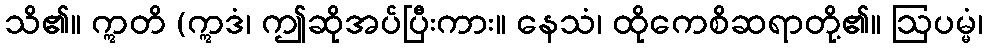
သိ၏။ ဣတိ (ဣဒံ၊ ဤဆိုအပ်ပြီးကား။ နေသံ၊ ထိုကေစိဆရာတို့၏။ ဩပမ္မံ၊